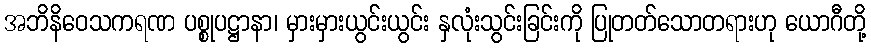
အဘိနိဝေသကရဏ ပစ္စုပဋ္ဌာနာ၊ မှားမှားယွင်းယွင်း နှလုံးသွင်းခြင်းကို ပြုတတ်သောတရားဟု ယောဂီတို့